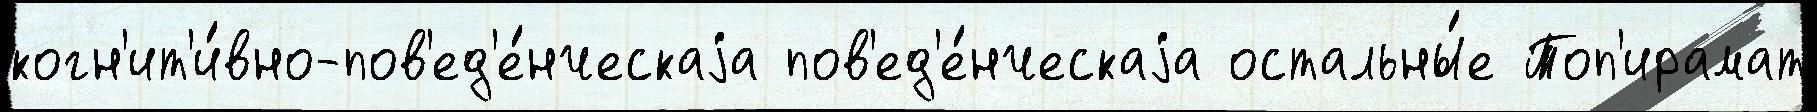
когн'ит'и́вно-пов'ед'е́нческаjа пов'ед'е́нческаjа остальны́е Топ'ирамат